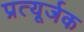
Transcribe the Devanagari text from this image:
प्रत्यूर्जक